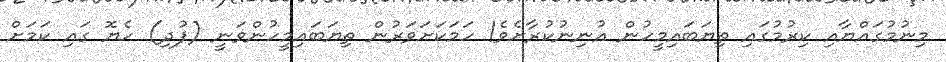
މިނުމުގައްޔާއި ކިރުމުގައި ތިޔަބައިމީހުން އުނިނުކުރާށެވެ! ހަމަކަށަވަރުން ތިޔަބައިމީހުންވަނީ (ފުދި) ހެޔޮ ގައި ކަމަށް